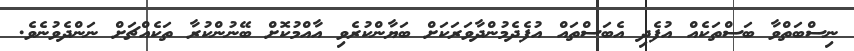
ނިސްބަތްވާ ބަސްތަކެއް އުފެދި އެބަސްތައް އުފެދެމުންދާވަރަކަށް ބަޔާންކުރެވި އާއްމުކޮށް ބޭނުންކުރާ ތަކެއްޗަށް ނަންދެވުނެވެ.